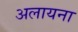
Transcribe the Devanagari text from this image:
अलायना